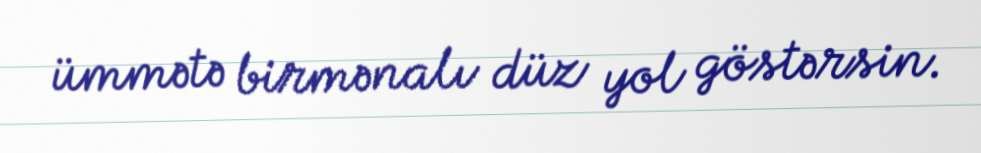
ümmətə birmənalı düz yol göstərsin.